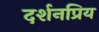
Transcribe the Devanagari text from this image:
दर्शनप्रिय